Annual statistical returns and brief notes on vaccination in Bengal - 1909-1929
Year: 1909
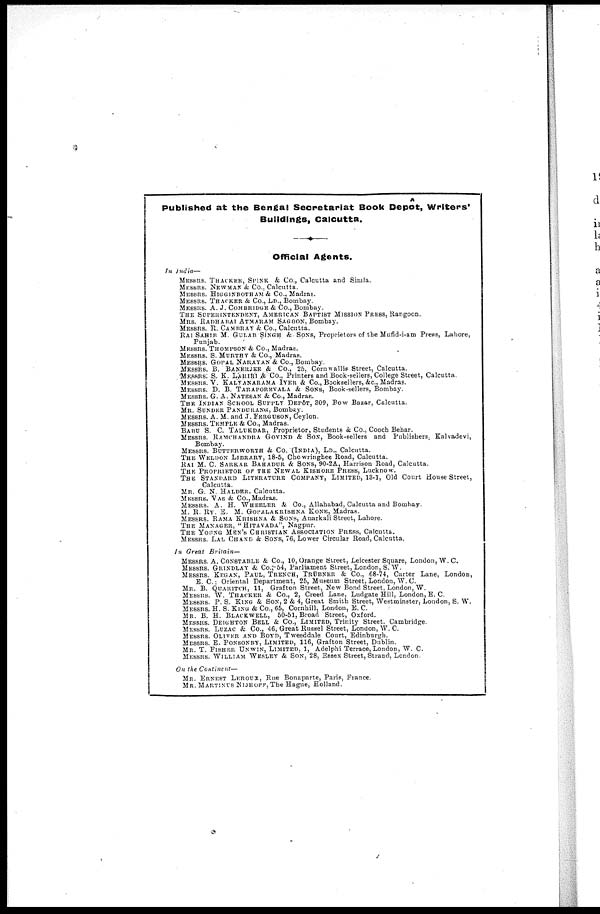
Published at the Bengal Secretariat Book Depôt, Writers'
Buildings, Calcutta.
Official Agents.
In India—
MESSRS. THACKER, SPINK & Co., Calcutta and Simla.
MESSRS. NEWMAN & Co., Calcutta.
MESSRS. HIGGINBOTHAM & Co., Madras.
MESSRS. THACKER & Co., LD., Bombay.
MESSRS. A. J. COMBRIDGE & Co., Bombay.
THE SUPERINTENDENT, AMERICAN BAPTIST MISSION PRESS, Rangoon.
MRS. RADHABAI ATMARAM SAGOON, Bombay.
MESSRS. R. CAMBRAY & Co., Calcutta.
RAI SAHIB M. GULAB SINGH & SONS, Proprietors of the Mufid-i-am Press, Lahore,
Punjab.
MESSRS. THOMPSON & Co., Madras.
MESSRS. S. MURTHY & Co., Madras.
MESSRS. GOPAL NARAYAN & Co., Bombay.
MESSRS. B. BANERJEE & Co., 25, Cornwallis Street, Calcutta.
MESSES. S. K. LAHI RI & Co., Printers and Book-sellers, College Street, Calcutta.
MESSRS. V. KALYANARAMA IYER & Co., Booksellers, &c., Madras.
MESSRS. D. B. TARAPOREVALA & SONS, Book-sellers, Bombay.
MESSRS. G. A. NATESAN & Co., Madras.
THE INDIAN SCHOOL SUPPLY DEPÔT, 309, Bow Bazar, Calcutta.
MR. SUNDER PANDURANG, Bombay.
MESSRS. A. M. and J. FERGUSON, Ceylon.
MESSRS. TEMPLE & Co., Madras.
BAKU S. C. TALUKDAR, Proprietor, Students & Co., Cooch Behar.
MESSRS. RAMCHANDRA GOVIND & SON, Book-sellers and Publishers, Kalvadevi,
Bombay.
MESSRS. BUTTERWORTH & Co. (INDIA), LD., Calcutta.
THE WELDON LIBRARY, 18-5, Chowringhee Road, Calcutta.
RAI M. C. SARKAR BAHADUR & SONS, 90-2A, Harrison Road, Calcutta.
THE PROPRIETOR OF THE NEWAL KISHORE PRESS, Lucknow.
THE STANDARD LITERATURE COMPANY, LIMITED, 13-1, Old Court House Street,
Calcutta.
MR. G. N. HALDER. Calcutta.
MESSRS. VAS & Co., Madras.
MESSRS. A. H. WHEELER & Co., Allahabad, Calcutta and Bombay.
M. R. RY. E. M. GOPALAKRISHNA KONE, Madras.
MESSRS. RAMA KRISHNA & SONS, Anarkali Street, Lahore.
THE MANAGER, "HITAVADA", Nagpur.
THE YOUNG MEN'S CHRISTIAN ASSOCIATION PRESS, Calcutta.
MESSRS. LAL CHAND & SONS, 76, Lower Circular Road, Calcutta.
In Great Britain—
MESSRS. A. CONSTABLE & Co., 10, Orange Street, Leicester Square, London, W.C.
MESSRS. GRINDLAY & Co., 54, Parliament Street, London, S. W.
MESSRS. KEGAN, PAUL, TRENCH, TRÜBNER & Co., 68-74, Carter Lane, London,
E. C.; Oriental Department, 25, Museum Street, London, W. C.
MR. B. QUARITCH, 11, Grafton Street, New Bond Street, London, W.
MESSRS. W. THACKER & Co., 2, Creed Lane, Ludgate Hill, London, E. C.
MESSRS. P. S. KING & SON, 2 & 4, Great Smith Street, Westminster, London, S. W.
MESSRS. H. S. KING & Co., 65, Cornhill, London, E. C.
MR. B. H. BLACKWELL, 50-51, Broad Street, Oxford.
MESSRS. DEIGHTON BELL & Co., LIMITED, Trinity Street. Cambridge.
MESSRS. LUZAC & Co., 46, Great Russel Street, London, W. C.
MESSRS. OLIVER AND BOYD, Tweeddale Court, Edinburgh.
MESSRS. E. PONSONBY, LIMITED, 116, Grafton Street, Dublin.
MR. T. FISHER UNWIN, LIMITED, 1, Adelphi Terrace, London, W. C.
MESSRS. WILLIAM WESLEY & SON, 28, Essex Street, Strand, London.
On the Continent—
MR. ERNEST LEROUX, Rue Bonaparte, Paris, France.
MR. MARTINUS NIJHOFF, The Hague, Holland.